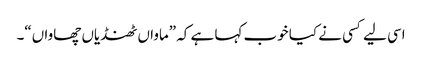
اسی لیے کسی نے کیا خوب کہا ہے کہ ”ماواں ٹھنڈیاں چھاواں“۔